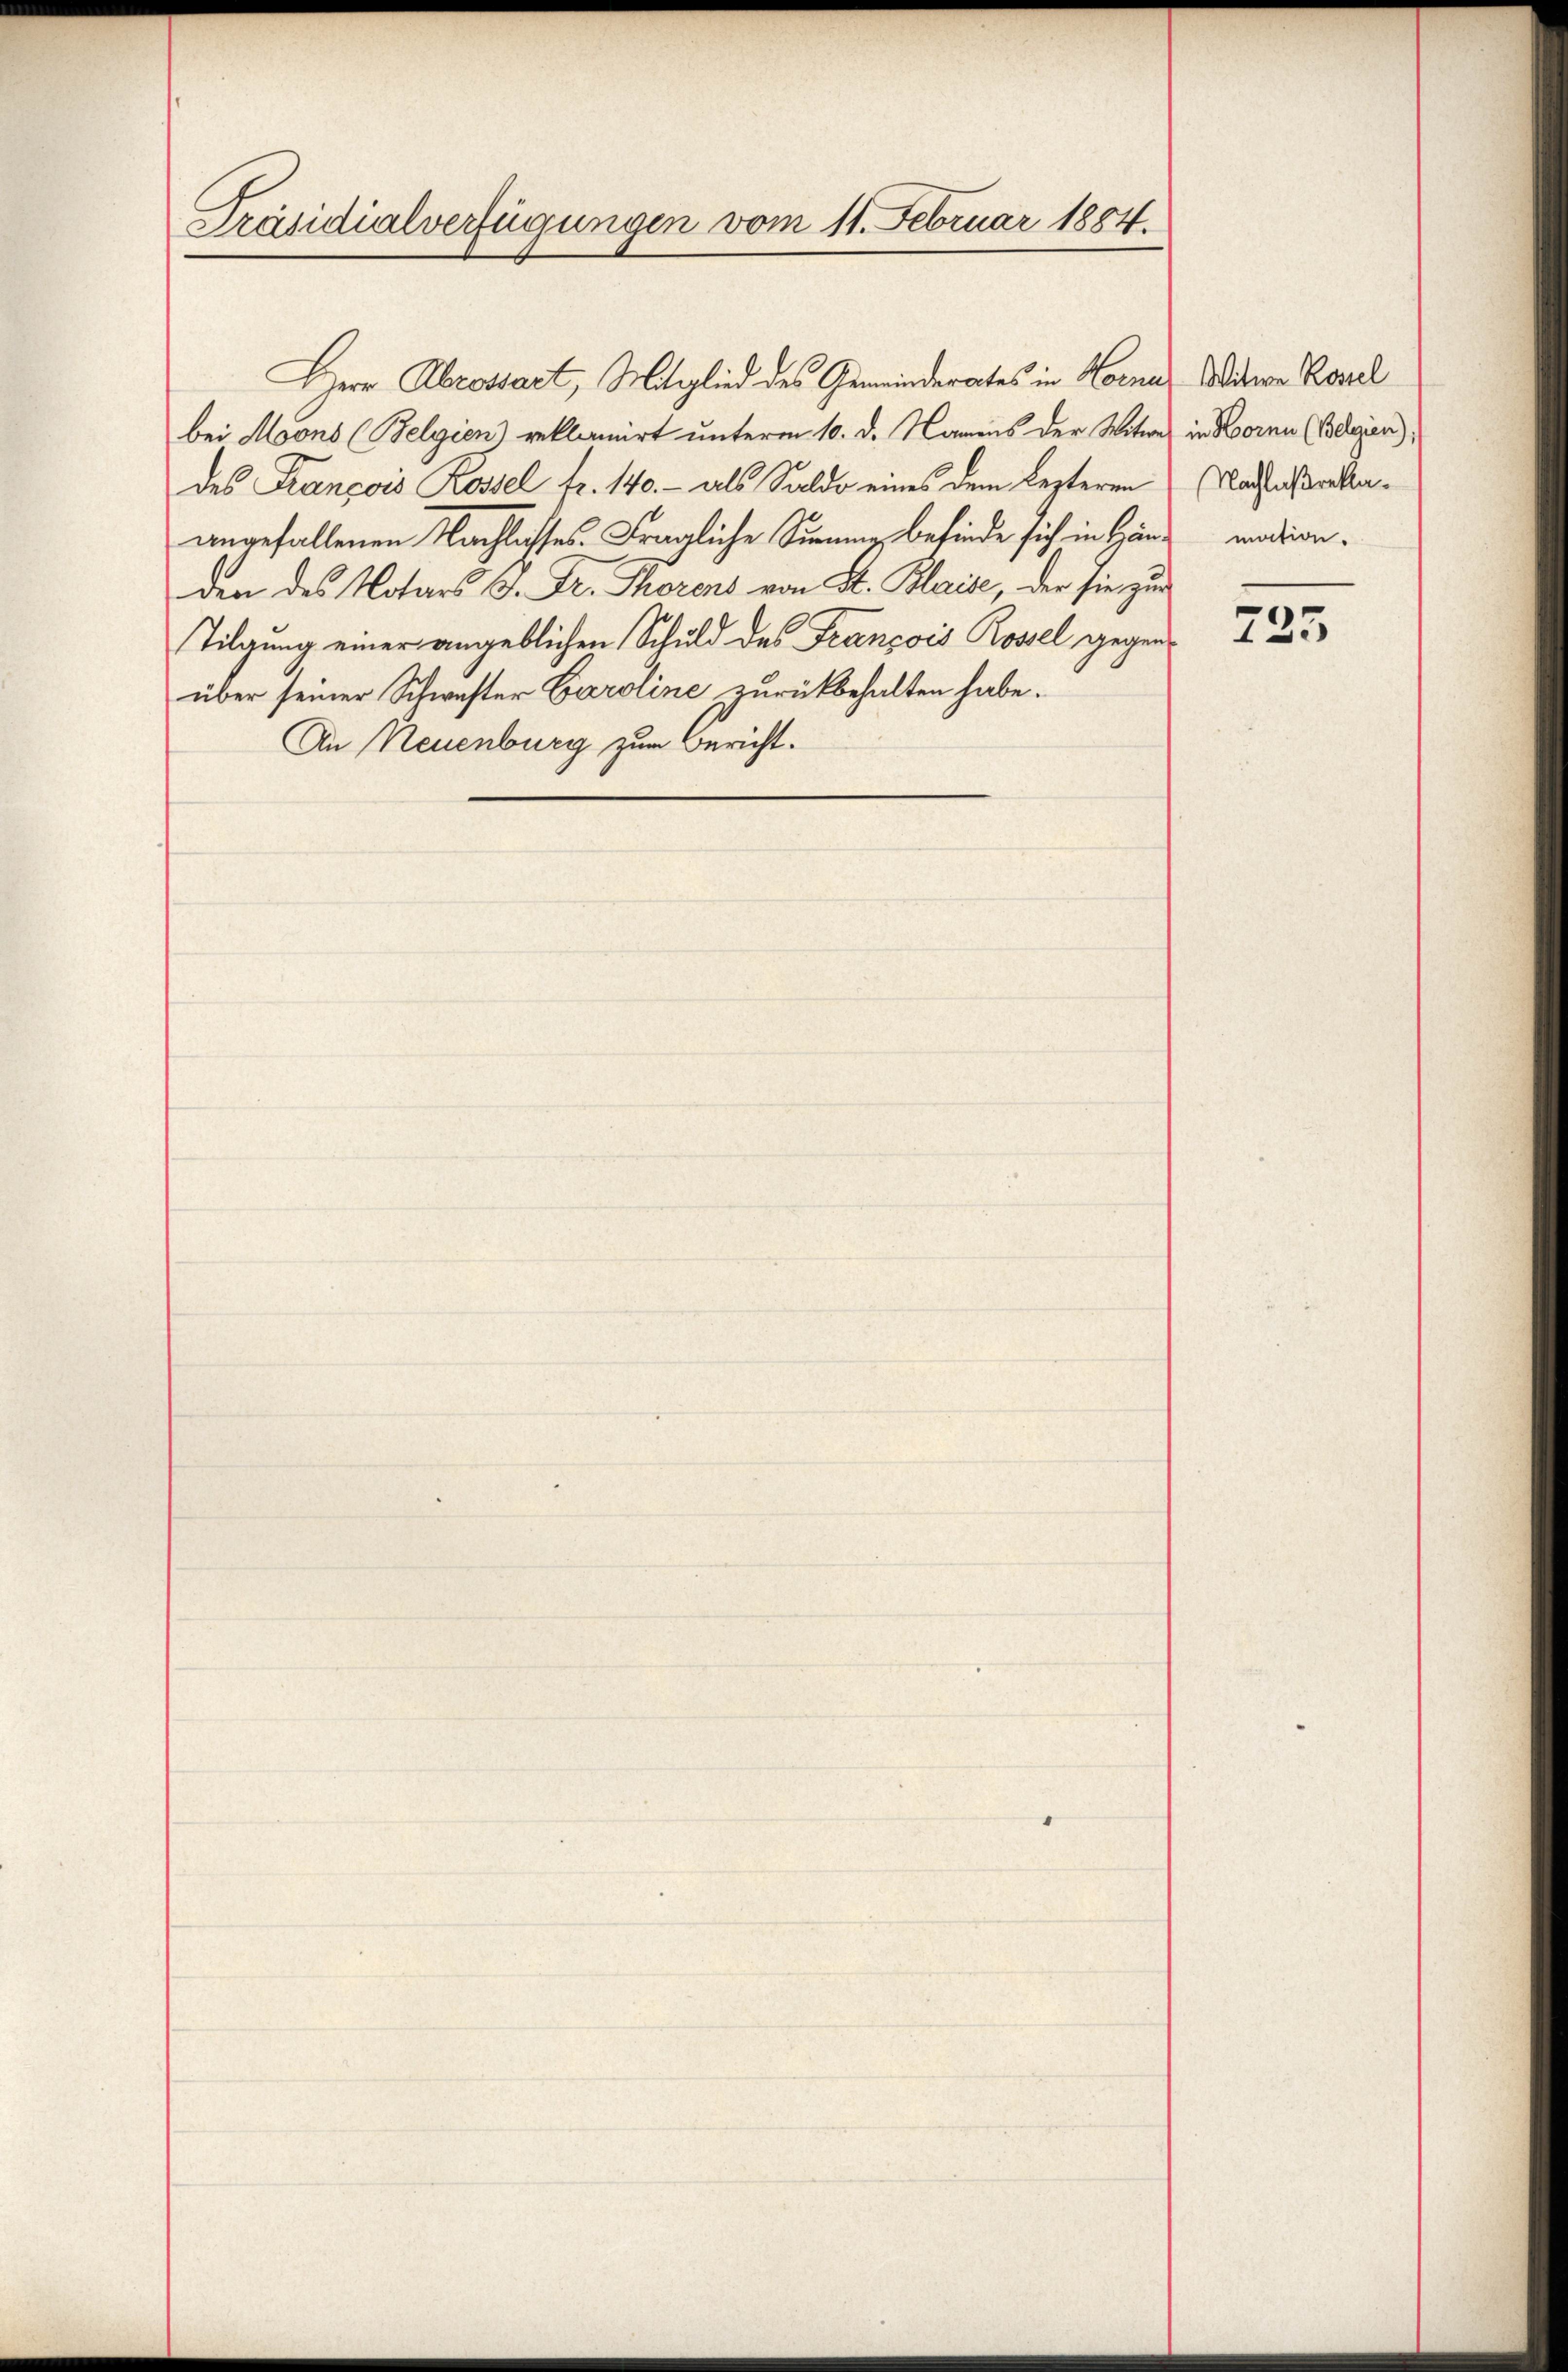
Präsidialverfügungen vom 11. Februar 1884.

Herr Abrossart, Mitglied des Gemeinderates in Horna
bei Moons (Belgien) reklamirt unterm 10. d. Namens der Witwe in Bornn (Belgien):
des François Rossel fr. 140.- als Saldo eines dem lezteren
angefallenen Nachlisses. Fragliche Sinnenz befinde sich in Händen des Notars u. Dr. Thorens von St. Klaise, der sie zur
Tilgung einer angeblichen Schuld des Francois Rossel gegenüber seiner Schwester Caroline zurückbehalten habe.
An Neuenburg zum Bericht.

Witwe Rossel
Nachlaßrekamation.

725